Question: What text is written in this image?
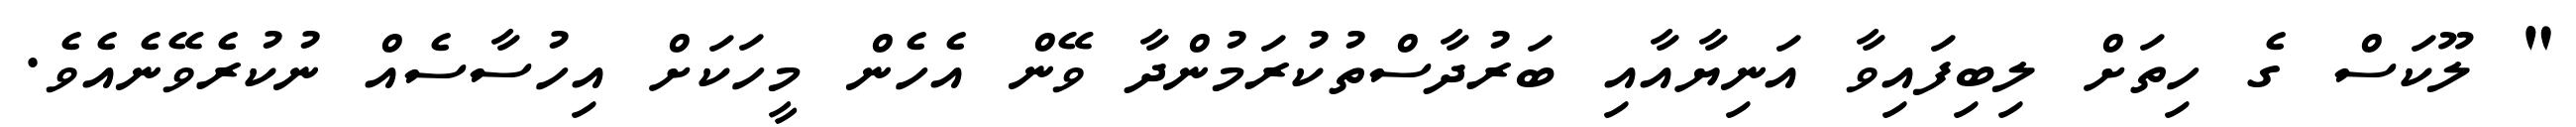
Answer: " ލޫކަސް ގެ ހިތަށް ލިބިފައިވާ އަނިޔާއާއި ބަރުދާސްތުކުރަމުންދާ ވޭން އެހެން މީހަކަށް އިހުސާސެއް ނުކުރެވޭނެއެވެ.